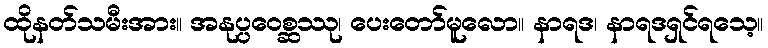
ထိုနတ်သမီးအား။ အနုပ္ပဝေစ္ဆဿု၊ ပေးတော်မူလော။ နာရဒ၊ နာရဒရှင်ရသေ့။